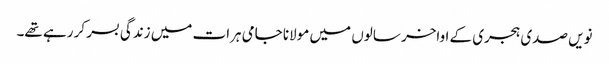
نویں صدی ہجری کے اواخر سالوں میں مولانا جامی ہرات میں زندگی بسر کر رہے تھے۔